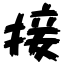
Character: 接